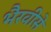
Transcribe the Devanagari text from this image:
भैरवीसे